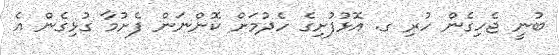
ބުނީ ޖެހިގެން ހުރި ގ. އޮޅުފުށިގެ ހެދުމަށް ކޮންނަން ފެށުމާ ގުޅިގެން އެ